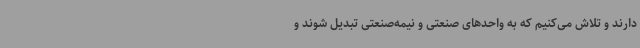
دارند و تلاش می‌کنیم که به واحدهای صنعتی و نیمه‌صنعتی تبدیل شوند و